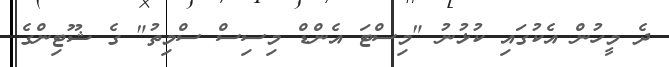
ދެ މީހުން އެކުގައި ކުޅުނު "މިސްޓަ އެންޑް މިސިސް ސްމިތު" ގެ ޝޫޓިންގެ